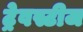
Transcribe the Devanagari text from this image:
ट्रेवस्टीज